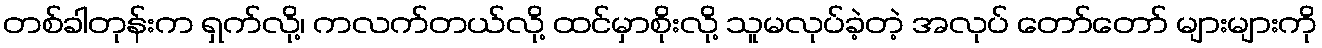
တစ်ခါတုန်းက ရှက်လို့၊ ကလက်တယ်လို့ ထင်မှာစိုးလို့ သူမလုပ်ခဲ့တဲ့ အလုပ် တော်တော် များများကို